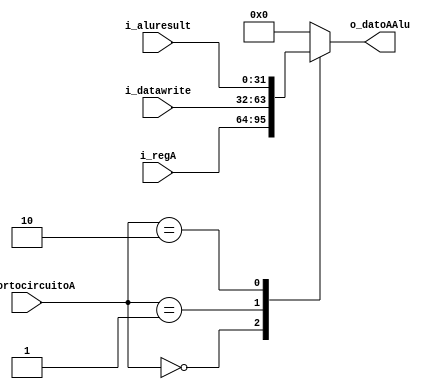
`timescale 1ns / 1ps
//////////////////////////////////////////////////////////////////////////////////
// Company: UNC FCEFyN
// 
// Design Name: 
// Module Name: MUX_EX_REGA_RESULT_MEM
// Project Name: MIPS
// Target Devices: 
// Tool Versions: 
// Description: 
// 
// Dependencies: 
// 
// Revision:
// Revision 0.01 - File Created
// Additional Comments:
// 
//////////////////////////////////////////////////////////////////////////////////


module MUX_EX_REGA_RESULT_MEM
   #(
        parameter DATA_WIDTH = 32
    )
    (
        input [DATA_WIDTH - 1 : 0]  i_regA,
        input [DATA_WIDTH - 1 : 0]  i_datawrite,
        input [DATA_WIDTH - 1 : 0]  i_aluresult,
        input  [1:0]                i_cortocircuitoA,
        output [DATA_WIDTH - 1 : 0] o_datoAAlu
    );

    reg [DATA_WIDTH - 1:0] out;

    assign o_datoAAlu = out;

    always @(*) begin
        case(i_cortocircuitoA)
        2'b00:   out = i_regA;
        2'b01:   out = i_datawrite;
        2'b10:   out = i_aluresult;
        default: out = 0;
        endcase
    end
endmodule